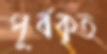
পূর্বকৃত